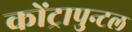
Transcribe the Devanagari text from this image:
कोंट्रापुन्टल